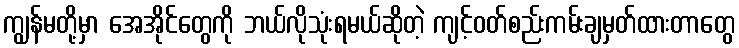
ကျွန်မတို့မှာ အေအိုင်တွေကို ဘယ်လိုသုံးရမယ်ဆိုတဲ့ ကျင့်ဝတ်စည်းကမ်းချမှတ်ထားတာတွေ